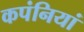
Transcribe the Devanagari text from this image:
कपंनियां